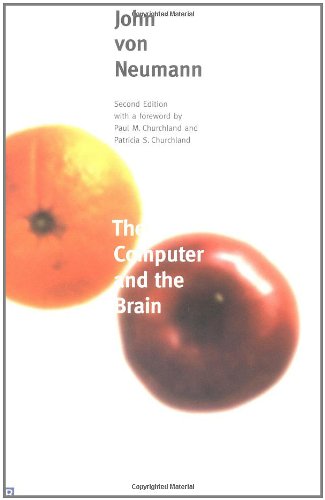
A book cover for The Computer and the Brain: Second Edition (Mrs. Hepsa Ely Silliman Memorial Lectures); John von Neumann; Computers & Technology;